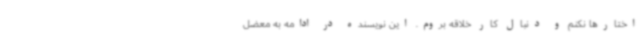
اختارها نکنم و دنبال کار خلاقه بروم. این نویسنده در ادامه به معضل